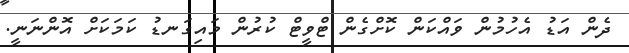
ދެން އަޑު އެހުމުން ވައްކަން ކޮށްގެން ޓްވީޓް ކުރުން މައިގަނޑު ކަމަކަށް އޮންނަނީ.